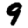
Digit: 9